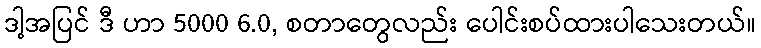
ဒါ့အပြင် ဒီ ဟာ 5000 6.0, စတာတွေလည်း ပေါင်းစပ်ထားပါသေးတယ်။